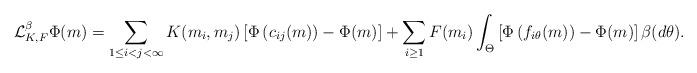
LaTeX: \begin{align*}\mathcal L_{K,F}^{\beta} \Phi(m) = \sum_{1\leq i < j < \infty} K(m_i,m_j) \left[ \Phi\left(c_{ij}(m)\right) - \Phi(m) \right] + \sum_{i\geq 1} F(m_i) \int_{\Theta} \left[ \Phi\left(f_{i\theta}(m)\right) - \Phi(m) \right] \beta(d\theta).\end{align*}